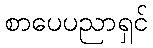
စာပေပညာရှင်